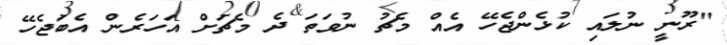
"ރޫނީ ނުލައި ކުޅެންޖެހޭ އެއް މެޗު ނުވަތަ ދެ މެޗަށް އަހަރެން އެބަޖެހޭ